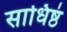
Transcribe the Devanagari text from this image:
साधिष्ठं